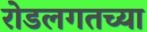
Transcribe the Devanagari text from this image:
रोडलगतच्या